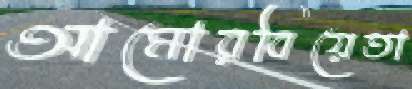
আমোরবিয়েতা